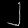
Digit: ၂